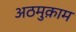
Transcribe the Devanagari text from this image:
अठमुक़ाम